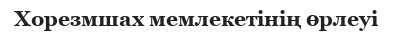
Хорезмшах мемлекетінің өрлеуі